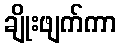
ချိုးဖျက်ကာ